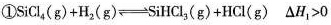
①$$SiCl_{4}(g)+H_{2}(g) \rightleftharpoons SiHCl_{3}(g)+HCl(g) \Delta H_{1}>0$$